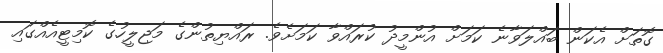
ގޮތަށް އެކަން ބައްލަވާނެ ކަަމަށް އުންމީދު ކުރައްވާ ކަމަށެވެ. ރައްޔިތުންގެ މަޖިލީހުގެ ކޮމިޓީއެއްގައި